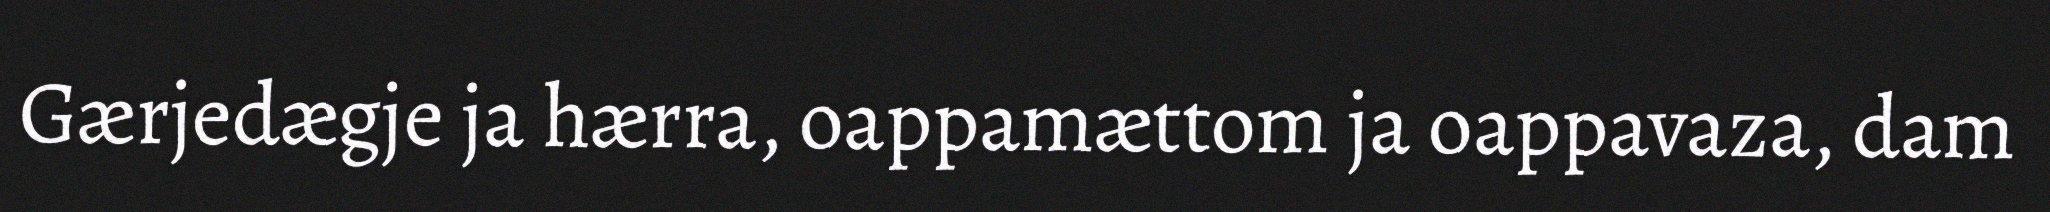
Gærjedægje ja hærra, oappamættom ja oappavaza, dam